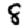
Digit: 8